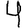
Digit: 4